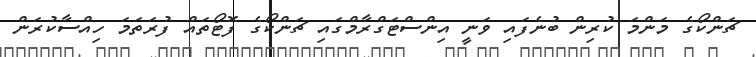
ޗަންކޯގެ މަންމަ ކުރިން ބުނެފައި ވަނީ އިންސްޓަގްރާމްގައި ޗަންކޯގެ ފޮޓޯތައް ފުރަތަމަ ހިއްސާކުރަން